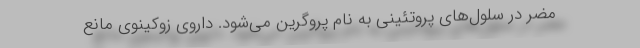
مضر در سلول‌های پروتئینی به نام پروگرین می‌شود. داروی زوکینوی مانع